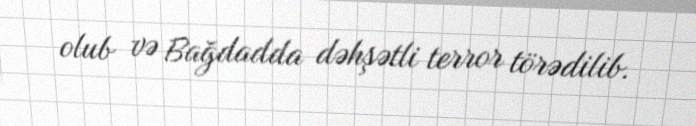
olub və Bağdadda dəhşətli terror törədilib.